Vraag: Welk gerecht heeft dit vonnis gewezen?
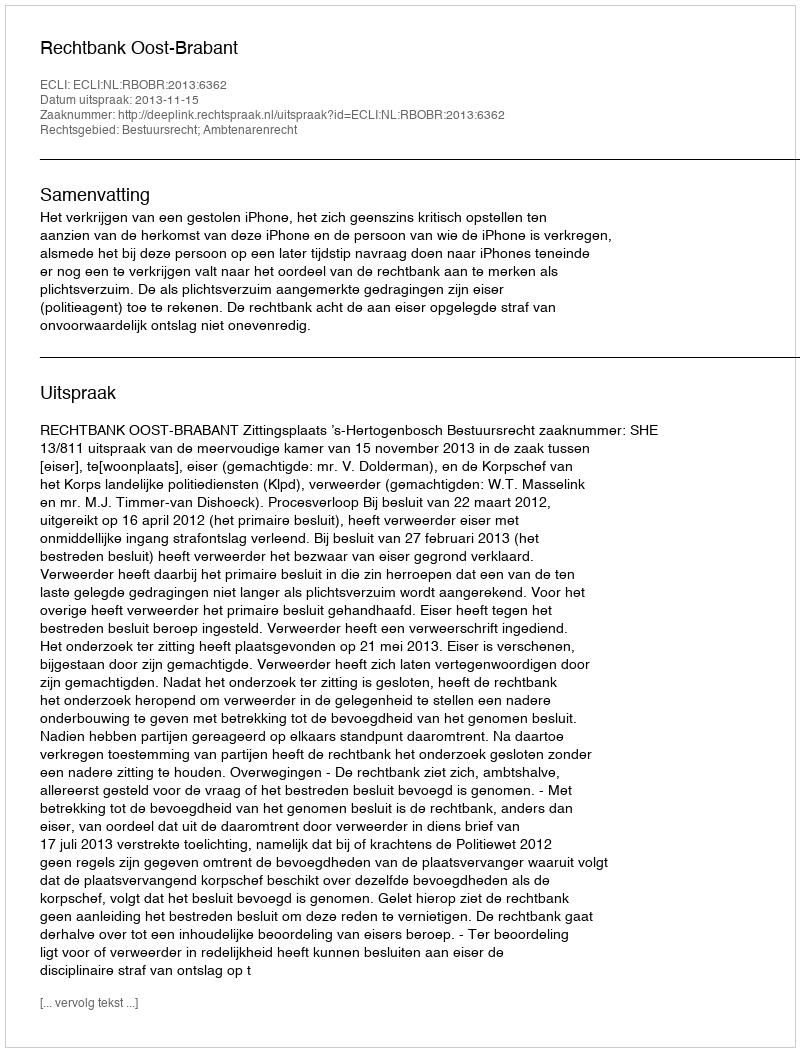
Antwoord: Rechtbank Oost-Brabant